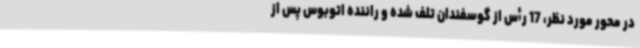
در محور مورد نظر، 17 رأس از گوسفندان تلف شده و راننده اتوبوس پس از